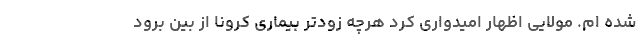
شده ام. مولایی اظهار امیدواری کرد هرچه زودتر بیماری کرونا از بین برود